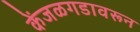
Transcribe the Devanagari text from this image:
केंजळगडावरून